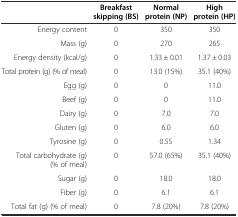
<table><thead><tr><td></td><td><b>Breakfast skipping (BS)</b></td><td><b>Normal protein (NP)</b></td><td><b>High protein (HP)</b></td></tr></thead><tbody><tr><td>Energy content</td><td>0</td><td>350</td><td>350</td></tr><tr><td>Mass (g)</td><td>0</td><td>270</td><td>265</td></tr><tr><td>Energy density (kcal/g)</td><td>0</td><td>1.33 ± 0.01</td><td>1.37 ± 0.03</td></tr><tr><td>Total protein (g) (% of meal)</td><td>0</td><td>13.0 (15%)</td><td>35.1 (40%)</td></tr><tr><td>Egg (g)</td><td>0</td><td>0</td><td>11.0</td></tr><tr><td>Beef (g)</td><td>0</td><td>0</td><td>11.0</td></tr><tr><td>Dairy (g)</td><td>0</td><td>7.0</td><td>7.0</td></tr><tr><td>Gluten (g)</td><td>0</td><td>6.0</td><td>6.0</td></tr><tr><td>Tyrosine (g)</td><td>0</td><td>0.55</td><td>1.34</td></tr><tr><td>Total carbohydrate (g) (% of meal)</td><td>0</td><td>57.0 (65%)</td><td>35.1 (40%)</td></tr><tr><td>Sugar (g)</td><td>0</td><td>18.0</td><td>18.0</td></tr><tr><td>Fiber (g)</td><td>0</td><td>6.1</td><td>6.1</td></tr><tr><td>Total fat (g) (% of meal)</td><td>0</td><td>7.8 (20%)</td><td>7.8 (20%)</td></tr></tbody></table>